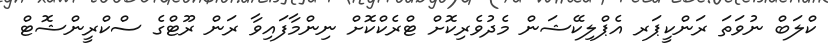
ކްލަބް ނުވަތަ ރަންކީޕަރ އެޕްލިކޭޝަން މެދުވެރިކޮށް ޓްރެކްކޮށް ނިންމާފައިވާ ރަން ރޫޓްގެ ސްކްރީންޝޮޓް